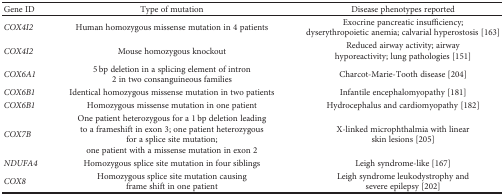
| Gene ID | Type of mutation | Disease phenotypes reported |
 | --- | --- | --- |
 | COX4I2 | Human homozygous missense mutation in 4 patients | Exocrine pancreatic insufficiency; dyserythropoietic anemia; calvarial hyperostosis [163] |
 | COX4I2 | Mouse homozygous knockout | Reduced airway activity; airway hyporeactivity; lung pathologies [151] |
 | COX6A1 | 5 bp deletion in a splicing element of intron 2 in two consanguineous families | Charcot-Marie-Tooth disease [204] |
 | COX6B1 | Identical homozygous missense mutation in two patients | Infantile encephalomyopathy [181] |
 | COX6B1 | Homozygous missense mutation in one patient | Hydrocephalus and cardiomyopathy [182] |
 | COX7B | One patient heterozygous for a 1 bp deletion leading to a frameshift in exon 3; one patient heterozygous for a splice site mutation; one patient with a missense mutation in exon 2 | X-linked microphthalmia with linear skin lesions [205] |
 | NDUFA4 | Homozygous splice site mutation in four siblings | Leigh syndrome-like [167] |
 | COX8 | Homozygous splice site mutation causing frame shift in one patient | Leigh syndrome leukodystrophy and severe epilepsy [202] |